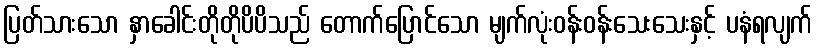
ပြတ်သားသော နှာခေါင်းတိုတိုပိပိသည် တောက်ပြောင်သော မျက်လုံးဝန်းဝန်းသေးသေးနှင့် ပနံရလျက်